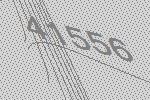
41556